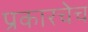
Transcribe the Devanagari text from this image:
प्रकारचेच